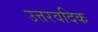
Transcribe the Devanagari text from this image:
उत्तरवदिक